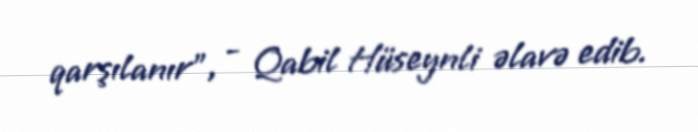
qarşılanır”, - Qabil Hüseynli əlavə edib.